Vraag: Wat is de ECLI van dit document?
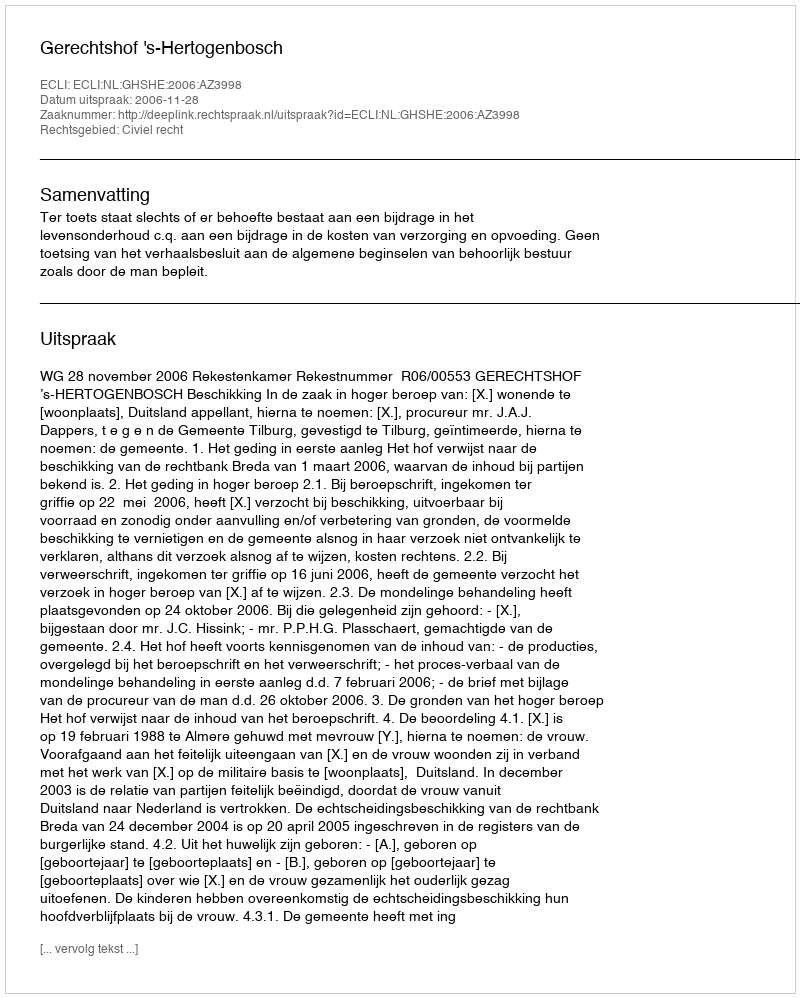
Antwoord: ECLI:NL:GHSHE:2006:AZ3998